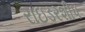
રાઇડરશીપ